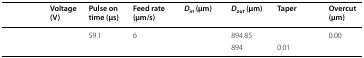
<table><thead><tr><td>[EMPTY_CELL]</td><td><b>Voltage (V)</b></td><td><b>Pulse on time (μs)</b></td><td><b>Feed rate (μm/s)</b></td><td><b><i>D</i><sub><i>in</i></sub> (μm)</b></td><td><b><i>D</i><sub><i>out</i></sub> (μm)</b></td><td><b>Taper</b></td><td><b>Overcut (μm)</b></td></tr></thead><tbody><tr><td>[EMPTY_CELL]</td><td rowspan="2">[EMPTY_CELL]</td><td rowspan="2">59.1</td><td rowspan="2">6</td><td>[EMPTY_CELL]</td><td>894.85</td><td>[EMPTY_CELL]</td><td>0.00</td></tr><tr><td>[EMPTY_CELL]</td><td>[EMPTY_CELL]</td><td>894</td><td>0.01</td><td>[EMPTY_CELL]</td></tr></tbody></table>